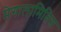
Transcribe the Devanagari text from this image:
मेगालामितिस